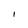
Character: I